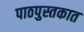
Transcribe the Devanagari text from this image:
पाठपुस्तकात